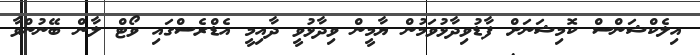
އިލެކްޝަންސް ކޮމިޝަނަށް ފާޑުވިދާޅުވަމުން ޔާމީން ވިދާޅުވީ ދާއިމީ އެޑްރެސްގައި ވޯޓް ލާން ބޭނުންވާ